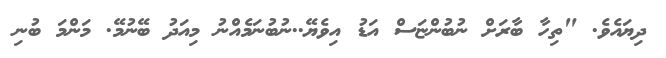
ދިޔައެވެ. "ތިހާ ބާރަށް ނުބުންޏަސް އަޑު އިވެޔޭ..ނުބުނަމެއްނު މިއަދު ބޭނުމޭ. މަންމަ ބުނި